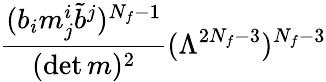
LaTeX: \frac{(b_{i}m_{j}^{i}\tilde{b}^{{j}})^{N_{f}-1}}{(\operatorname*{det}m)^{2}}(\Lambda^{2N_{f}-3})^{N_{f}-3}